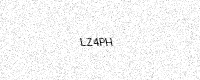
Text: LZ4PH